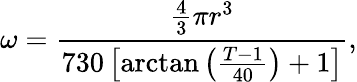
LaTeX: \omega=\frac{{\frac{4}{3}\pi{r^{3}}}}{{730\left[{\arctan\left({\frac{{T-1}}{{40}}}\right)+1}\right]}},